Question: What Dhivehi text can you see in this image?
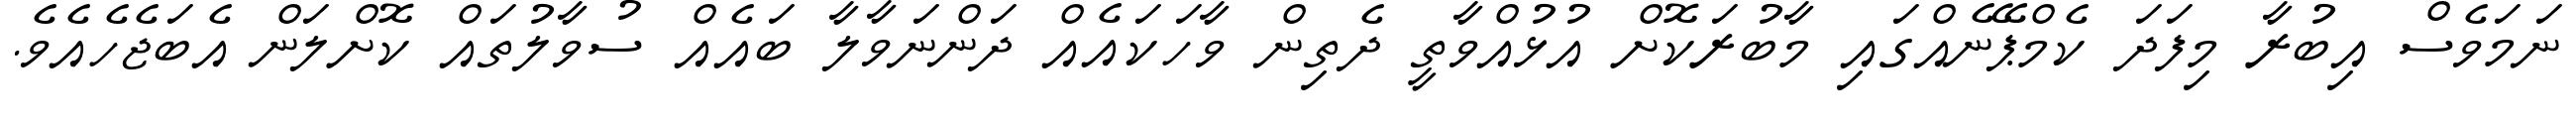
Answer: ނަމަވެސް އިބުރާ މިފަދަ ކެމްޕޭނެއްގައި މާބުރަކޮށް އުޅުއްވާތީ ދެތިން ވާހަކައެއް ދަންނަވާލާ ބައެއް ސުވާލުތައް ކޮށްލަން އެބަޖެހެއެވެ.